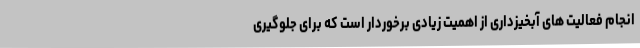
انجام فعالیت های آبخیزداری از اهمیت زیادی برخوردار است که برای جلوگیری